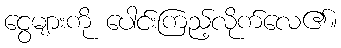
ငွေများကို ပေါင်းကြည့်လိုက်လေ၏။